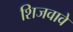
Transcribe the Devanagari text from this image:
शिजवावे